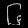
Digit: ၆